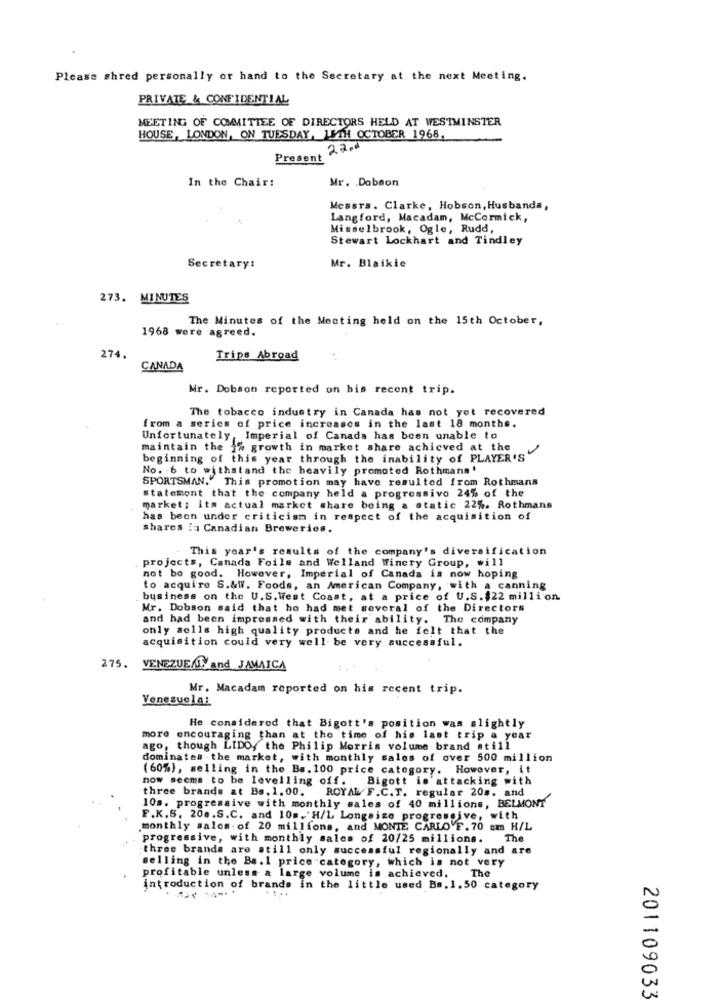
Please shred personally or hand to the Secretary at the next Meeting.
PRIVATE & CONFIDENTIAL
MEETING OF COMMITTEE OF DIRECTORS HELD AT WESTMINSTER
HOUSE, LONDON, ON TUESDAY, LETH OCTOBER 1968.
22.
Present
In the Chair!
Mr. Dobson
Messrs. Clarke, Hobson, Husbanda,
Langford, Macadam, McCormick,
Misselbrook, Ogle, Rudd,
Stewart Lockhart and Tindley
Secretary:
Mr. Blaikic
273. MINUTES
The Minutes of the Meeting held on the 15th October,
1968 were agreed.
274.
Trips Abroad
CANADA
Mr. Dobson reported on his recent trip.
The tobacco industry in Canada has not yet recovered
from a series of price increases in the last 18 months.
Unfortunately, Imperial of Canada has been unable to
maintain the 1% growth in market share achieved at the
beginning of this year through the inability of PLAYER 'S
No. 6 to withstand the heavily promoted Rothmans '
SPORTSMAN." This promotion may have resulted from Rothmans
statement that the company held a progressive 24% of the
market; its actual market share being a static 22%. Rothmans
has been under criticism in respect of the acquisition of
shares :: Canadian Breweries.
This year's results of the company's diversification
projects, Canada Foils and Welland Winery Group, will
not be good. However, Imperial of Canada is now hoping
to acquire S.&W. Foods, an American Company, with a canning
business on the U.S. West Coast, at a price of U.S. $22 million
Mr. Dobson said that he had met several of the Directors
and had been impressed with their ability. The company
only sells high quality products and he felt that the
acquisition could very well be very successful.
275. VENEZUE/I>and JAMAICA
Mr. Macadam reported on his recent trip.
Venezuela:
He considered that Bigott's position was slightly
more encouraging than at the time of his last trip a year
ago, though LIDO, the Philip Morris volume brand atill
dominates the market, with monthly sales of over 500 million
(60%), selling in the Bs. 100 price category. However, it
now seems to be levelling off. Bigott is'attacking with
three brande at Bs. 1.00. ROYAL/ F.C.T. regular 20s. and
10s. progressive with monthly sales of 40 millions, BELMONT
F.K.S. 20a.S.C. and 10m. H/L Longsize progressive, with
monthly sales. of 20 millions, and MONTE CARLO F. 70 cm H/L
progressive, with monthly sales of 20/25 millions. The
three brands are still only successful regionally and are
selling in the Bs. 1 price"category, which is not very
The
profitable unless a large volume is achieved.
introduction of brands In the little used Bs.1.50 category
201109033